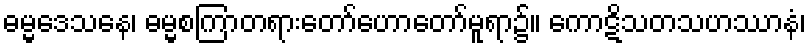
ဓမ္မဒေသနေ၊ ဓမ္မစကြာတရားတော်ဟောတော်မူရာ၌။ ကောဋိသတသဟဿာနံ၊